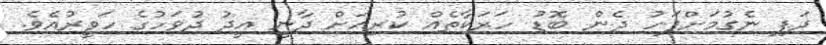
ދަފި ނެގުމަށްފަހު ދެން ބޮޑު ހަރަކާތެއް ކުރިއަށް ދާނީ އީދު ދުވަހުގެ ހަވީރުއެވެ.